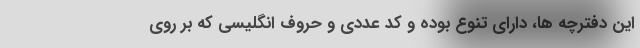
این دفترچه ها، دارای تنوع بوده و کد عددی و حروف انگلیسی که بر روی